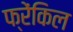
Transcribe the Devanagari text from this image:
फ्रेंकिल